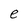
Character: e